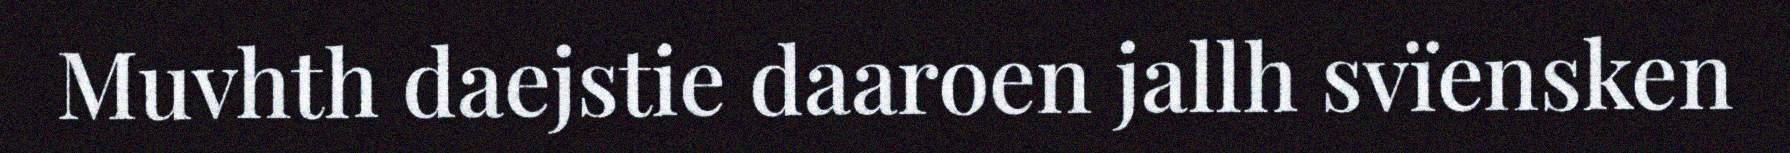
Muvhth daejstie daaroen jallh svïensken